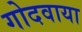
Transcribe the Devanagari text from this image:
गोदवाया